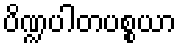
ပိဏ္ဍပါတပစ္စယာ